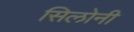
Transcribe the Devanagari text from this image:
सिलोनी